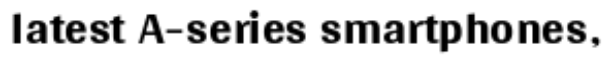
latest A-series smartphones,